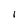
Character: I